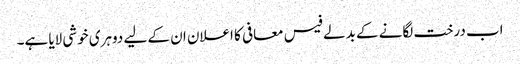
اب درخت لگانے کے بدلے فیس معافی کا اعلان ان کے لیے دوہری خوشی لایا ہے۔